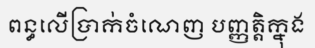
ពន្ធលើប្រាក់ចំណេញ បញ្ញត្តិក្នុង